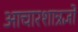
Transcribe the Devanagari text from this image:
आचारशात्रज्ञों